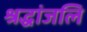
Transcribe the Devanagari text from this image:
श्रद्धांजलि